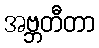
အဗ္ဘတီတာ